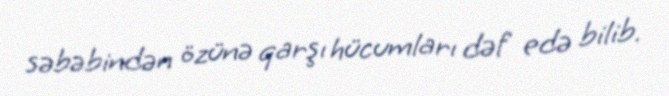
səbəbindən özünə qarşı hücumları dəf edə bilib.